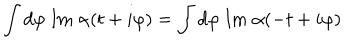
\int d \varphi \; \mathrm { I m } \; \alpha ( t + i \varphi ) = \int d \varphi \; \mathrm { I m } \; \alpha ( - t + i \varphi )